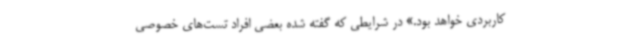
کاربردی خواهد بود.» در شرایطی که گفته شده بعضی افراد تست‌های خصوصی